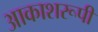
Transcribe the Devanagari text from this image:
आकाशरूपी